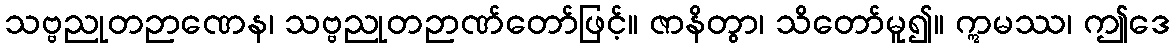
သဗ္ဗညုတဉာဏေန၊ သဗ္ဗညုတဉာဏ်တော်ဖြင့်။ ဇာနိတွာ၊ သိတော်မူ၍။ ဣမဿ၊ ဤဒေ